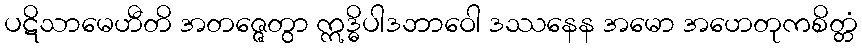
ပဋိသာမေဟီတိ အတဇ္ဇေတွာ ဣဒ္ဓိပါဒဘာဝေါ ဒဿနေန အမော အဟေတုကစိတ္တံ